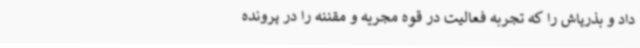
داد و بذرپاش را که تجربه فعالیت در قوه مجریه و مقننه را در پرونده